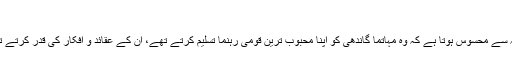
۱۴۵)
پریم چند ملک کے تمام بڑے قومی رہنماؤں سے متاثر تھے مگر مذکورہ ناول کے مطالعہ سے محسوس ہوتا ہے کہ وہ مہاتما گاندھی کو اپنا محبوب ترین قومی رہنما تسلیم کرتے تھے، اُن کے عقائد و افکار کی قدر کرتے تھے، اُن کی تحریکات میں شامل ہوتے تھے اور اپنے آپ کو اُن کا سچا بھگت کہتے تھے۔